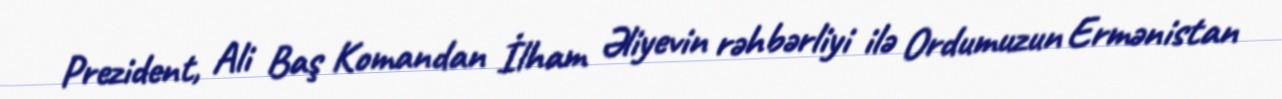
Prezident, Ali Baş Komandan İlham Əliyevin rəhbərliyi ilə Ordumuzun Ermənistan